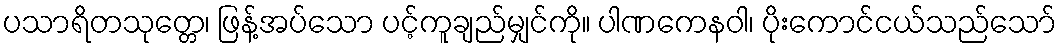
ပသာရိတသုတ္တေ၊ ဖြန့်အပ်သော ပင့်ကူချည်မျှင်ကို။ ပါဏကေနဝါ၊ ပိုးကောင်ငယ်သည်သော်